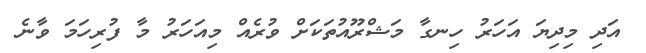
އަދި މިދިޔަ އަހަރު ހިނގާ މަޝްރޫއުތަކަށް ވުރެއް މިއަހަރު މާ ފުރިހަމަ ވާނެ